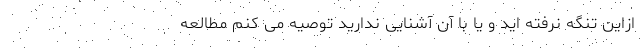
ازاین تنگه نرفته اید و یا با آن آشنایی ندارید توصیه می کنم مطالعه